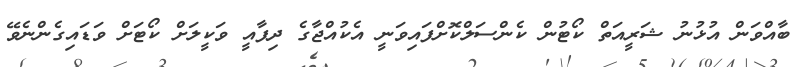
ބާއްވަން އުޅުނު ޝަރީއަތް ކޯޓުން ކެންސަލްކޮށްފައިވަނީ އެކުއްޖާގެ ދިފާއީ ވަކީލަށް ކޯޓަށް ވަޑައިގެންނެވޭ